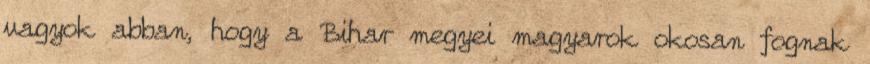
vagyok abban, hogy a Bihar megyei magyarok okosan fognak